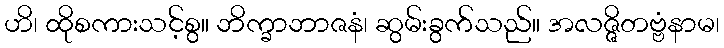
ဟိ၊ ထိုစကားသင့်စွ။ ဘိက္ခာဘာဇနံ၊ ဆွမ်းခွက်သည်။ အလဇ္ဇိတဗ္ဗံနာမ၊